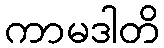
ကာမဒါတိ